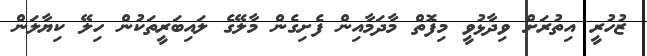
ޒުހުރީ އިތުރަށް ވިދާޅުވީ މިފޮތް މާދަމާއިން ފެށިގެން މާލޭގެ ލައިބަރީތަކުން ހިލޭ ކިޔާލަަން